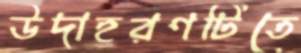
উদাহরণটিতে